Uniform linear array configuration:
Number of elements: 48
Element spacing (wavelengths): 0.25
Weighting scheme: blackman
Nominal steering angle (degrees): -45
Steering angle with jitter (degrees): -43.799
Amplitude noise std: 0.05
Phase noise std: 0.05

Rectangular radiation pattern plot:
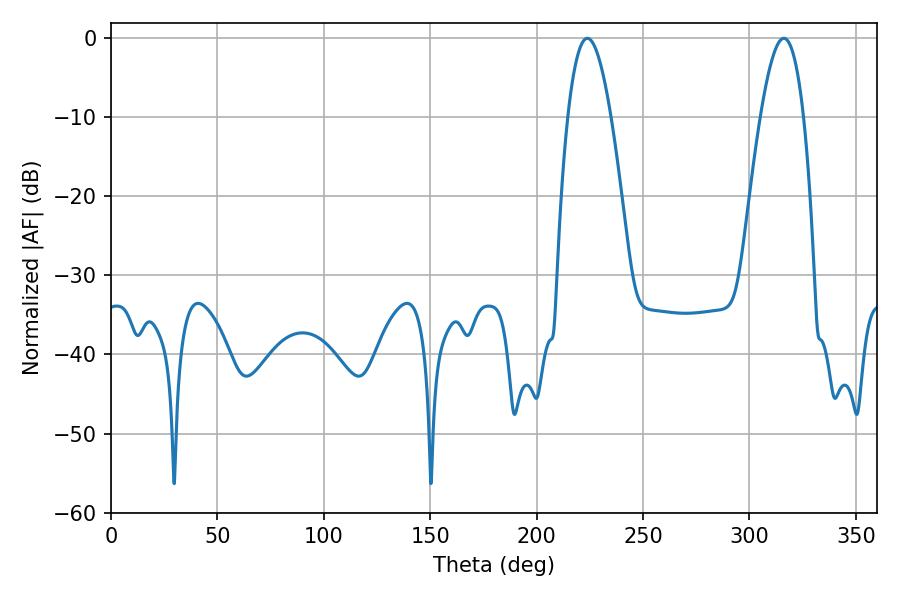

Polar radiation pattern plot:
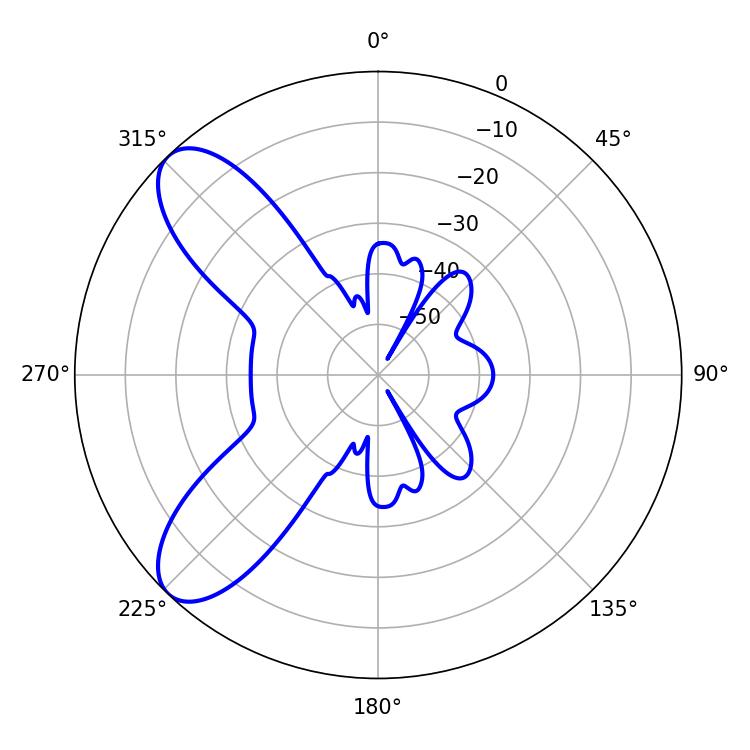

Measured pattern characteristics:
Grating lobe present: FALSE
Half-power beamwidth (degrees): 11.16
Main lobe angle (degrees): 223.92